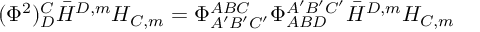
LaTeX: ( \Phi ^ { 2 } ) _ { D } ^ { C } \bar { H } ^ { D , m } H _ { C , m } = \Phi _ { A ^ { \prime } B ^ { \prime } C ^ { \prime } } ^ { A B C } \Phi _ { A B D } ^ { A ^ { \prime } B ^ { \prime } C ^ { \prime } } \bar { H } ^ { D , m } H _ { C , m }